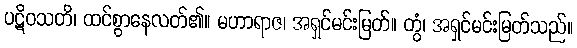
ပဋိဝသတိ၊ ထင်စွာနေလတ်၏။ မဟာရာဇ၊ အရှင်မင်းမြတ်။ တွံ၊ အရှင်မင်းမြတ်သည်။